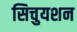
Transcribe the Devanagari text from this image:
सिचुयशन